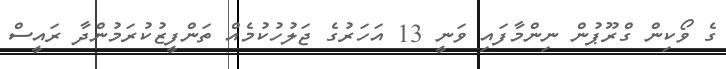
ގެ ވޯކިން ގްރޫޕުން ނިންމާފައި ވަނީ 13 އަހަރުގެ ޖަލުހުކުމެއް ތަންފީޒުކުރަމުންދާ ރައީސް